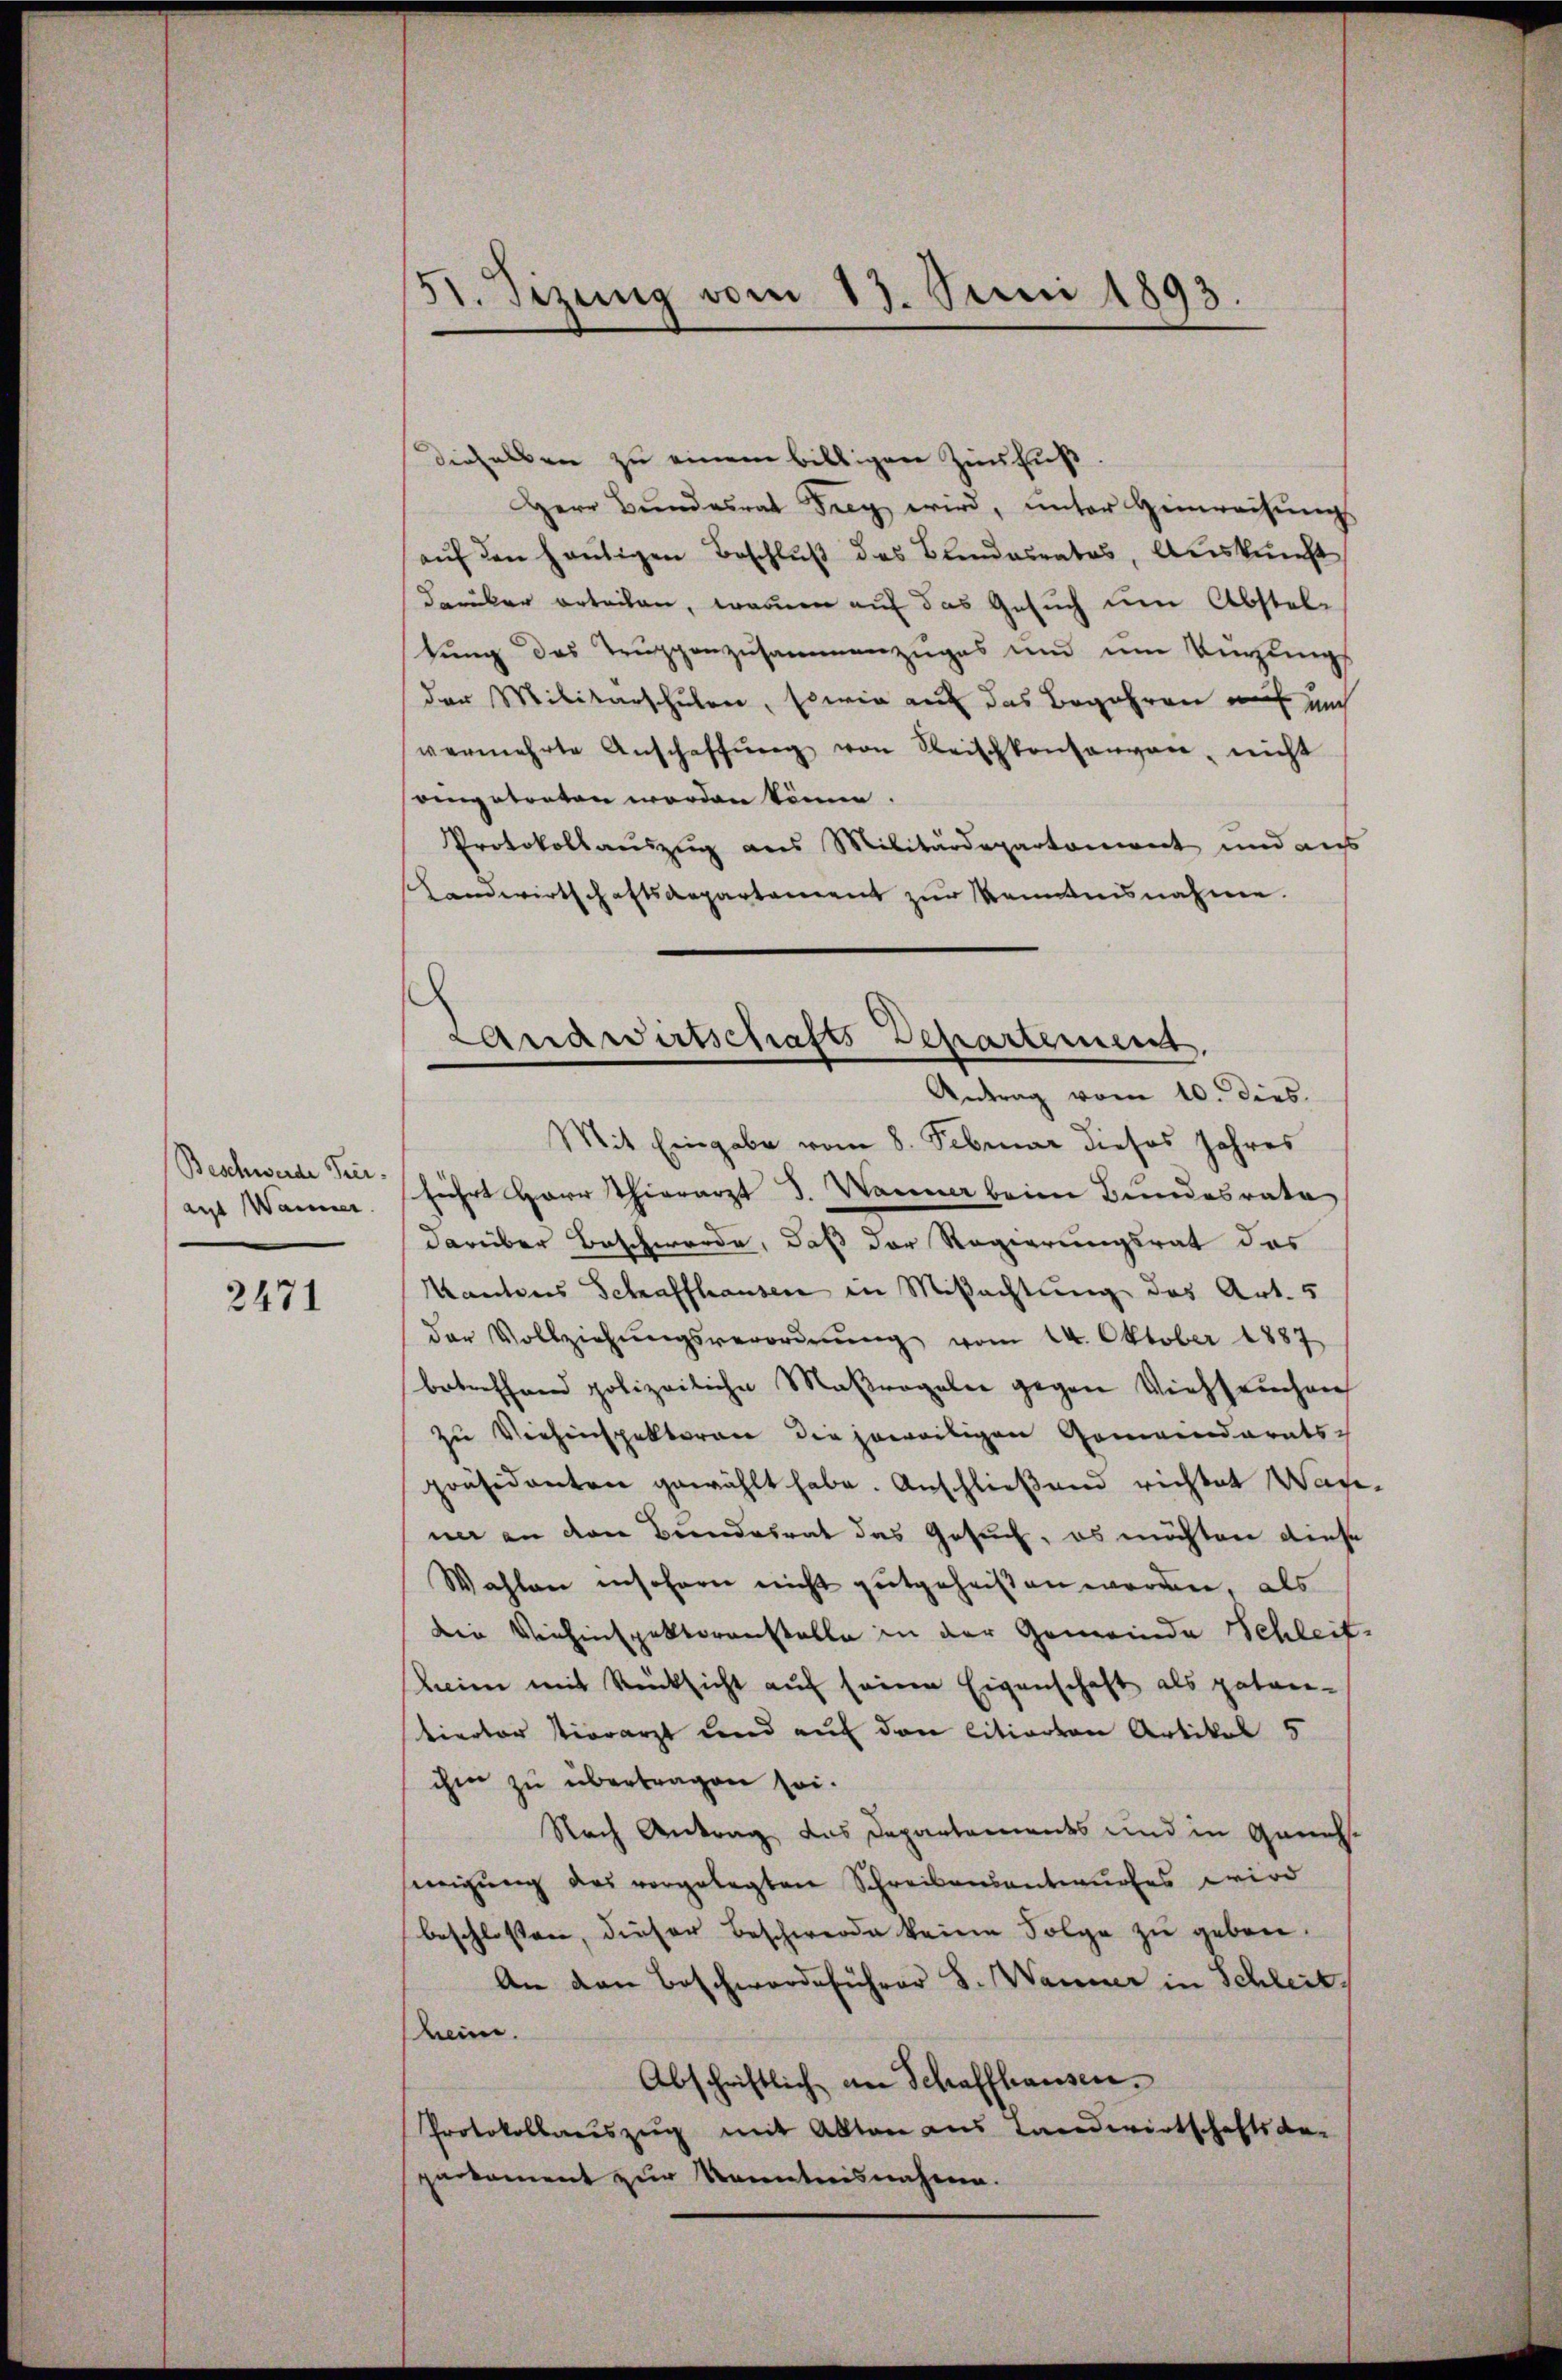
aut Warner

2471

t. Sizung vom 17. Juni 1893.

dieselben zu einem billigen Zinsfuß.
Herr Bundesrat Frey wird, unter Heinreisung
aŭf den heutigen Beschluß des Blendesrates, Auskunft
darüber erteilen, warum auf das Gesuch um Absteltung des Truppenzusammenzuges und um Verzungs
der Militarschulen, sowie auf das Begehren es mich
vermehrte Anschaffŭng von Reischkonsangen, nicht
seigetreten worden könne.
Protokollauszug aus Militärdepartement und aus
Landwirtschaftsaepartement zŭr Kenntnisnahme.
Mit Eingabe vom 8. Februar dieses Jahres
Beschwerde der führt Herr Thierarzt J. Wanna beim Bundesrate
darüber Beschwerde, daß der Regierungsrat des
Kantons Schaffhausen in Mißachtung des Art. 5
der Vollziehŭngsverordnŭng vom 24. Oktober 1887
betreffend polizeiliche Maßregeler gegen Viehseuchen
zu Viehinspektoren die jeweiligen Gemeinderats-
präsidenten gewählt habe. Anschließend richtet Wanna an den Bundesrat das Gesuch, es möchten diese
Wahlen insofern nicht gutgeheißen werden, als
die Verhinspektorenstelle in der Gemeinde Schleitheim mit Rücksicht auf seinen Eigenschaft als paten¬
Vierter vierarzt und auf den citierten Artikel 5
ihm zu übertragen sei.
Nach Antrag, das Departements und in Genehsinigung des vorgelegten Schreibensantwurfes wird
beschlossen, dieser Beschwerde keine Folge zu geben.
An den Beschwerdeführer S. Wanner in Schleit
keine.
Abschriftlich an Schaffhausen.
Protokollauszug mit Akten aus Landwirtschaftsbe-
parkoment zur Kenntnisnahmen.

Landwirtschafts Departement.
Antrag vom 10. dies